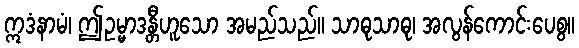
ဣဒံနာမံ၊ ဤဥမ္မာဒန္တီဟူသော အမည်သည်။ သာဓုသာဓု၊ အလွန်ကောင်းပေစွ။